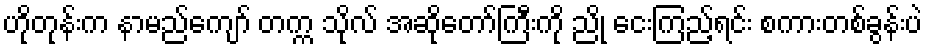
ဟိုတုန်းက နာမည်ကျော် တက္က သိုလ် အဆိုတော်ကြီးကို ညို ငေးကြည့်ရင်း စကားတစ်ခွန်းပဲ